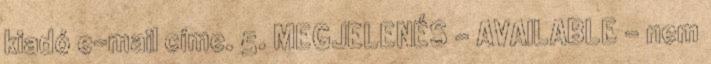
kiadó e-mail címe. 5. MEGJELENÉS - AVAILABLE - nem